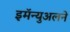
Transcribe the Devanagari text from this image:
इमॅन्युअलने